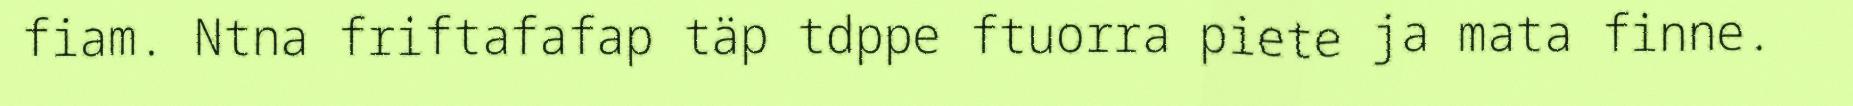
fiam. Ntna friftafafap täp tdppe ftuorra piete ja mata finne.